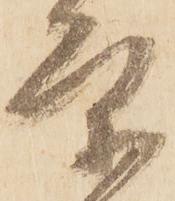
条